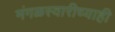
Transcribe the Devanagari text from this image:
मंगळस्वारीच्याही